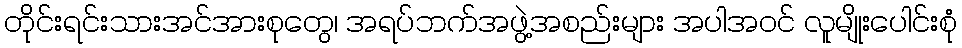
တိုင်းရင်းသားအင်အားစုတွေ၊ အရပ်ဘက်အဖွဲ့အစည်းများ အပါအဝင် လူမျိုးပေါင်းစုံ